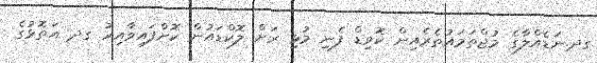
ގދ.ނަޑެއްލާގެ މުޖްތަމައުތެރެއިން ކޮވިޑް ފެނި މުޅި ރަށް ލޮކްޑައުން ކޮށްފައިވާއިރު ގދ އަތޮޅުގެ